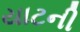
યાટની